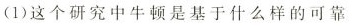
(1)这个研究中牛顿是基于什么样的可靠